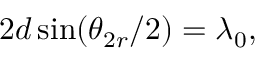
2 d \sin ( \theta _ { 2 r } / 2 ) = \lambda _ { 0 } ,